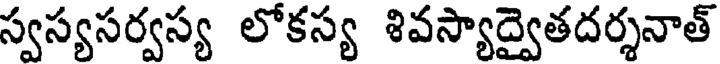
స్వస్యసర్వస్య లోకస్య శివస్యాద్వైతదర్శనాత్